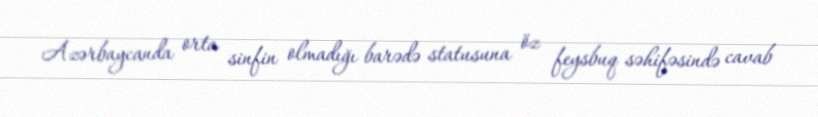
Azərbaycanda orta sinfin olmadığı barədə statusuna öz feysbuq səhifəsində cavab